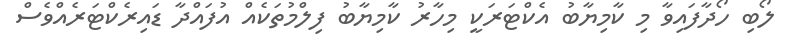
ލޯބި ހޯދާފައިވާ މި ކާމިޔާބު އެކްޓަރަކީ މިހާރު ކާމިޔާބު ފިލްމުތަކެއް އުފައްދާ ޑައިރެކްޓަރެއްވެސް